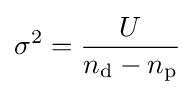
\sigma ^{2}={\frac {U}{n_{\mathrm {d} }-n_{\mathrm {p} }}}